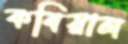
কবিয়াল